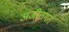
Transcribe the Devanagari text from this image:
अजीतगर्त